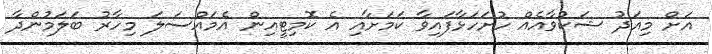
އަށް މިއަދު ޝަކުވާއެއް ހުށަހަޅާފައިވާ ކަމަށާއި އެ ކޮމިޓީއިން އެމައްސަލަ މިހާރު ބަލަމުންދާ